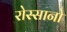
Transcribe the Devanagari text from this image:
रोस्सानो